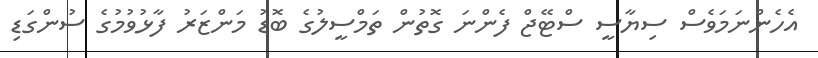
އެހެންނަމަވެސް ސިޔާސީ ސްޓޭޖް ފެންނަ ގޮތުން ތަމްސީލުގެ ބޮޑު މަންޒަރު ފާޅުވުމުގެ ސުންގަޑި